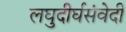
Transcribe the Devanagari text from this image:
लघुदीर्घसंवेदी